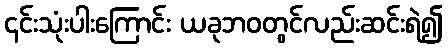
၎င်းသုံးပါးကြောင်း ယခုဘဝတွင်လည်းဆင်းရဲ၍